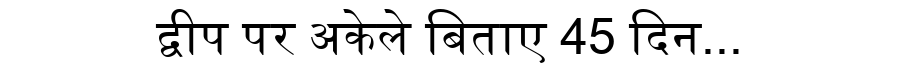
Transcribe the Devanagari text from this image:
द्वीप पर अकेले बिताए 45 दिन...